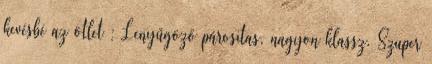
kevésbé az ötlet : Lenyűgöző párositas, nagyon klassz. Szuper